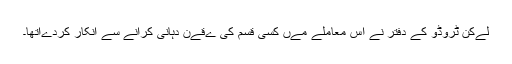
لےکن ٹروڈو کے دفتر نے اس معاملے مےں کسی قسم کی ےقےن دہانی کرانے سے انکار کردےاتھا۔